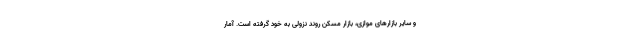
و سایر بازارهای موازی، بازار مسکن روند نزولی به خود گرفته است. آمار